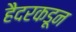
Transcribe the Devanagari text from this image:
हैदरकडून